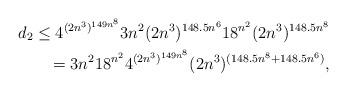
LaTeX: \begin{align*}d_{2} \le 4^{(2n^3)^{149n^8}} 3n^2(2n^3)^{148.5n^6} 18^{n^2}(2n^3)^{148.5n^8} \\= 3n^2 18^{n^2} 4^{(2n^3)^{149n^8}} (2n^3)^{(148.5n^8+148.5n^6)},\end{align*}